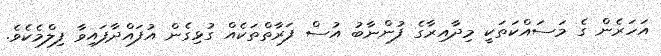
އަހަރެން ގެ މަސައްކަތަކީ މިދާއިރާގެ ފުންނާބު އުސް ފަރާތްތަކެއް ގުޅިގެން އުފައްދާފައިވާ ފިލްމެކެވެ.